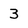
Character: 3